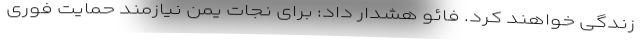
زندگی خواهند کرد. فائو هشدار داد: برای نجات یمن نیازمند حمایت فوری